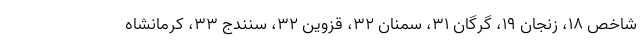
شاخص ۱۸، زنجان ۱۹، گرگان ۳۱، سمنان ۳۲، قزوین ۳۲، سنندج ۳۳، کرمانشاه